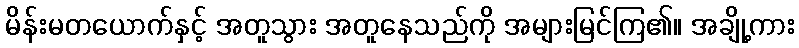
မိန်းမတယောက်နှင့် အတူသွား အတူနေသည်ကို အများမြင်ကြ၏။ အချို့ကား